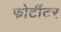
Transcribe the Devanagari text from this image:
फोर्टीटर